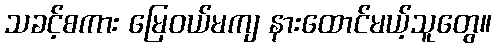
သခင့်စကား မြေဝယ်မကျ နားထောင်မယ့်သူတွေ။